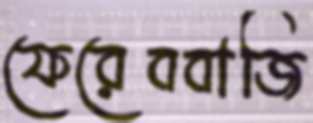
ফেরেববাজি